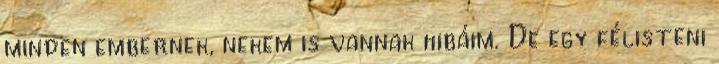
minden embernek, nekem is vannak hibáim. De egy félisteni